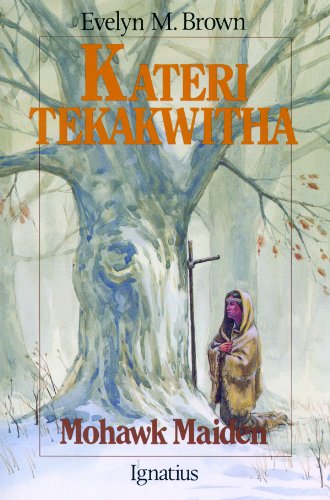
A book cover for Kateri Tekakwitha: Mohawk Maiden (Vision Books); Evelyn M. Brown; Children's Books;